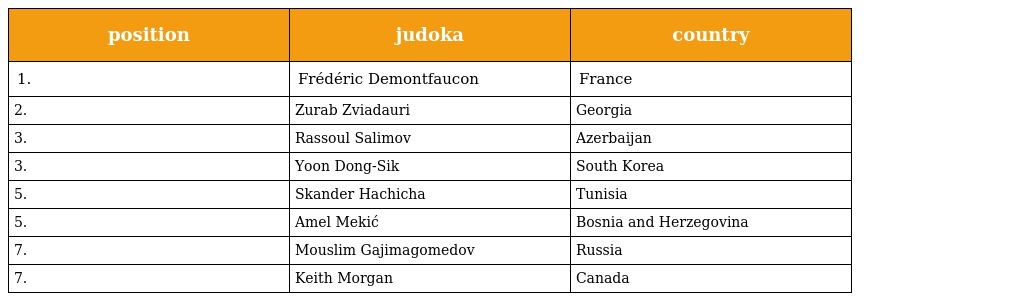
| position | judoka | country |
 | --- | --- | --- |
 | 1. | Frédéric Demontfaucon | France |
 | 2. | Zurab Zviadauri | Georgia |
 | 3. | Rassoul Salimov | Azerbaijan |
 | 3. | Yoon Dong-Sik | South Korea |
 | 5. | Skander Hachicha | Tunisia |
 | 5. | Amel Mekić | Bosnia and Herzegovina |
 | 7. | Mouslim Gajimagomedov | Russia |
 | 7. | Keith Morgan | Canada |